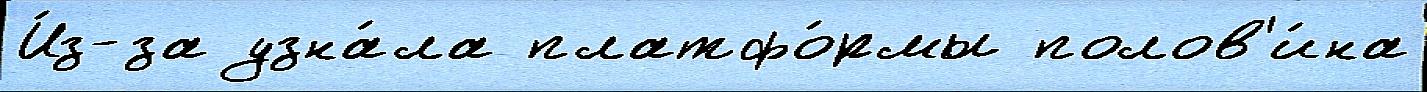
И́з-за узна́ла платфо́рмы полов'и́на